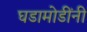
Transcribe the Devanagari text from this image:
घडामोडींनी